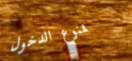
ممنوع الدخول